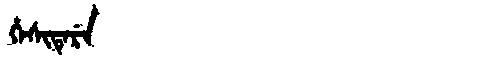
Manchu: ᡥᡝᠰᡳᡨᡝᡵᡝ
Romanization: HESITERE